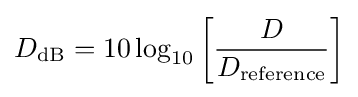
D_{\text{dB}}=10\log _{10}\left[{\frac {D}{D_{\text{reference}}}}\right]